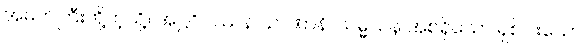
အမတ်ကြီးတို့ကဲ့သို့။ အဋ္ဌဝိပဿနာ ဉာဏာနိ၊ သမ္မသန အစရှိသော ရှစ်ပါးသော